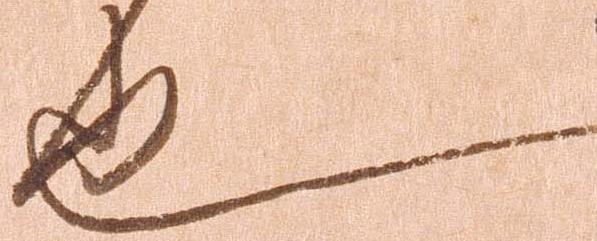
也